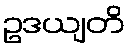
ဥဒယျတိ